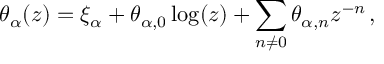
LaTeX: \theta _ { \alpha } ( z ) = \xi _ { \alpha } + \theta _ { \alpha , 0 } \log ( z ) + \sum _ { n \neq 0 } \theta _ { \alpha , n } z ^ { - n } \, ,